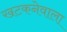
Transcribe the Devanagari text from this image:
खटकनेवाला